Report of the Indian Hemp Drugs Commission, 1894-1895 - Volume VI
Year: 1894
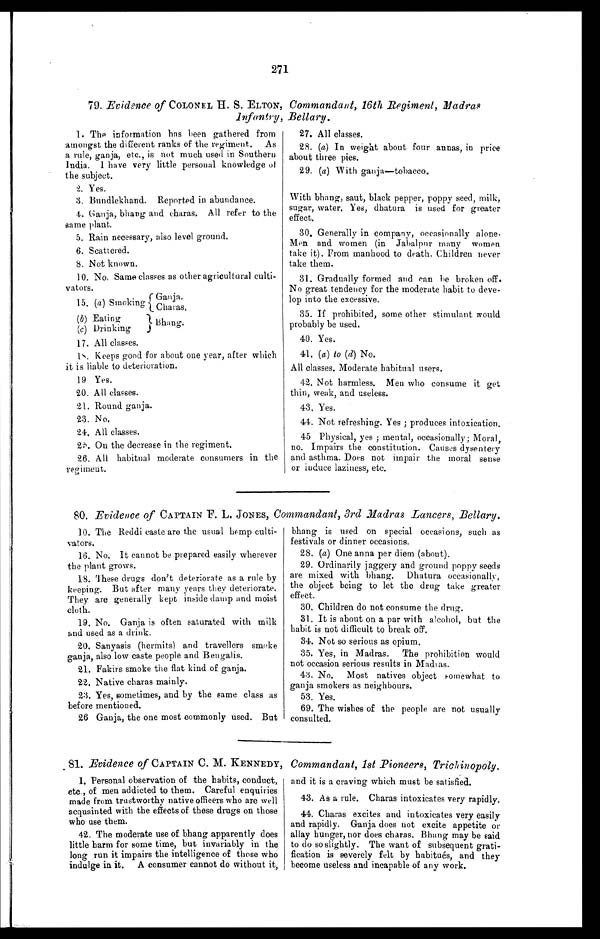
271
79. Evidence of COLONEL II. S. ELTON, Commandant, 16th _Regiment, Madras
Infantry, Bellary.
1. The information has been gathered from
amongst the different ranks of the regiment. As
a rule, ganja, etc., is not much used in Southern
India. I have very little personal knowledge of
the subject.
2. Yes.
3. Bundlekhand. Reported in abundance.
4. Ganja, bhang and eharas. All refer to the
same plant.
5. Rain necessary, also level ground.
6. Scattered.
8. Not known.
10. No. Same classes as other agricultural culti-
vators,
15. (a) Smoking Ganja
. Charas.
(b) Eating
Bhang
(c) Drinking
17. All classes.
18. Keeps good for about one year, after which
it is liable to deterioration.
19 Yes.
20. All classes.
21. Round ganja.
23. No.
24. All classes.
25.On the decrease in the regiment.
26. All habitual moderate consumers in the
regiment.
27.
27. All classes.
28. (a) In weight about four minas, in price
about three pies.
29. (a) With ganja-tobacco.
With bhang, saut, black pepper, poppy seed, milk,
sugar, water, Yes, dhatura is used for greater
effect.
30. Generally in company, occasionally alone.
Man and women (in Jabalpur many women
take it). From manhood to death. Children never
take them.
31. Gradually formed and can be broken off.
No great tendency for the moderate habit to deve-
lop into the excessive.
35. If prohibited, some other stimulant would
probably be used.
40. Yes.
41. (a) to (d) No.
All classes. Moderate habitual users.
42. Not harmless. Men who consume it get
thin, weak, and useless.
43. Yes.
44. Not refreshing. Yes ; produces intoxication.
45 Physical, yes ; mental, occasionally; Moral,
no. Impairs the constitution. Causes dysentery
and asthma. Does not impair the moral sense
or induce laziness, etc.
80. Evidence of CAPTAIN F. L. JONES, Commandant, 3rd Madras Lancers, Bellary.
10. The Reddi caste are the usual hemp culti-
vators.
16. No. It cannot be prepared easily wherever
the plant grows.
18. These drugs don't deteriorate as a rule by
keeping. But after many years they deteriorate.
They are generally kept inside damp and moist
cloth.
19. No. Ganja is often saturated with milk
and used as a drink,
20. Sanyasis (hermits) and travellers smoke
ganja, also low caste people and Bengalis.
21. Fakirs smoke the fiat kind of ganja.
22. Native charas mainly.
23. Yes, sometimes, and by the same class as
before mentioned.
26 Ganja, the one most commonly used. But
bhang is used on special occasions, such as
festivals or dinner occasions.
28. (a) One anna per diem (about).
29. Ordinarily jaggery and ground poppy seeds
are mixed with bhang. Dhatura occasionally,
the object being to let the drug take greater
effect.
3 0 . C h i l d r e n d o n o t c o n s u m e t h e d r u g .
31. It is about on a par with alcohol, but the
habit is not difficult to break off.
34. Not so serious as opium.
35. Yes, in Madras. The prohibition would
not occasion serious results in Madi as.
43. No. Most natives object somewhat to
ganja smokers as neighbours.
53. Yes.
69. The wishes of the people are not usually
consulted.
81. Evidence of CAPTAIN C. M. KENNEDY, Commandant, 1st Pioneers, Trichinopoly.
1. Personal observation of the habits, conduct,
etc., of men addicted to them. Careful enquiries
made from trustworthy native officers who are well
acquainted with the effects of these drugs on those
who use them.
42. The moderate use of bhang apparently does
little harm for some time, but invariably in the
long run it impairs the intelligence of those who
indulge in it. A consumer cannot do without it,
and it is a craving which must be satisfied.
43. As a rule. Charas intoxicates very rapidly.
44. Charas excites and intoxicates very easily
and rapidly. Ganja does not excite appetite or
allay hunger, nor does charas. Bhing may be said
to do so slightly, The want of subsequent grati-
fication is severely felt by habitues, and they
become useless and incapable of any work.